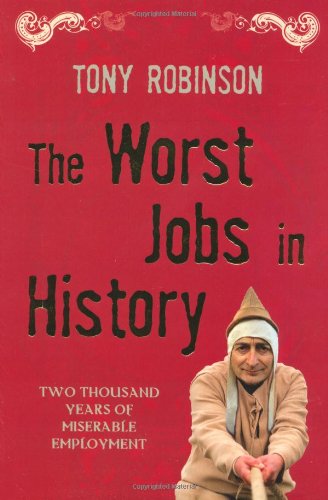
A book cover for The Worst Jobs in History; Tony Robinson; Business & Money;